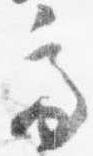
亭